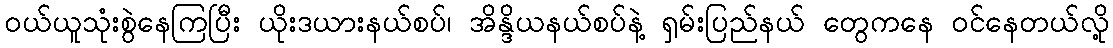
ဝယ်ယူသုံးစွဲနေကြပြီး ယိုးဒယားနယ်စပ်၊ အိန္ဒိယနယ်စပ်နဲ့ ရှမ်းပြည်နယ် တွေကနေ ဝင်နေတယ်လို့